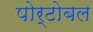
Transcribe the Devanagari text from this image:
पोर्टोबल